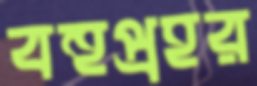
বহুপ্রহর